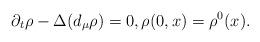
LaTeX: \begin{align*}\partial_t \rho - \Delta (d_\mu \rho)=0,\rho(0,x)=\rho^0(x).\end{align*}